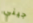
جيني